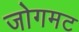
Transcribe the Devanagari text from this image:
जोगमट